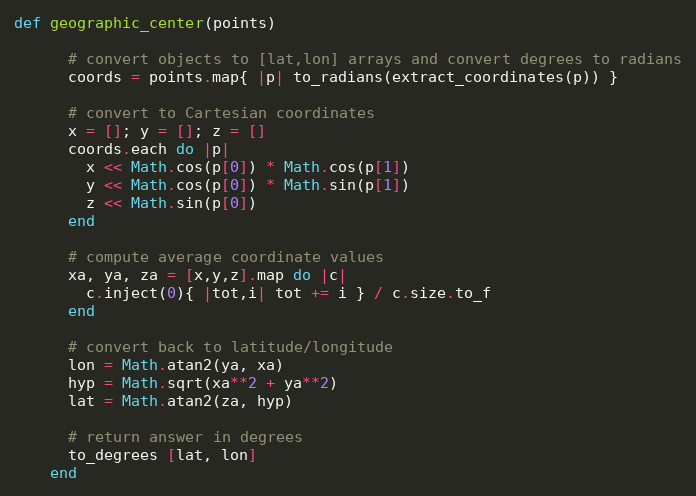
Language: Ruby
def geographic_center(points)

      # convert objects to [lat,lon] arrays and convert degrees to radians
      coords = points.map{ |p| to_radians(extract_coordinates(p)) }

      # convert to Cartesian coordinates
      x = []; y = []; z = []
      coords.each do |p|
        x << Math.cos(p[0]) * Math.cos(p[1])
        y << Math.cos(p[0]) * Math.sin(p[1])
        z << Math.sin(p[0])
      end

      # compute average coordinate values
      xa, ya, za = [x,y,z].map do |c|
        c.inject(0){ |tot,i| tot += i } / c.size.to_f
      end

      # convert back to latitude/longitude
      lon = Math.atan2(ya, xa)
      hyp = Math.sqrt(xa**2 + ya**2)
      lat = Math.atan2(za, hyp)

      # return answer in degrees
      to_degrees [lat, lon]
    end